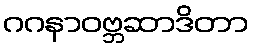
ဂဂနာဝဗ္ဘဆာဒိတာ